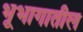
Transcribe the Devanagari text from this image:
भूभागातील